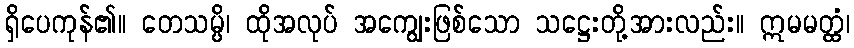
ရှိပေကုန်၏။ တေသမ္ပိ၊ ထိုအလုပ် အကျွေးဖြစ်သော သဋ္ဌေးတို့အားလည်း။ ဣမမတ္ထံ၊